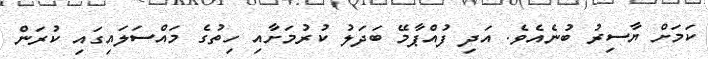
ކަމަށް ޔާސިރު ބުނެއެވެ. އަދި ފުއްޕާމޭ ބަދަލު ކުރުމަށާއި ހިތުގެ މައްސަލައިގައި ކުރަން